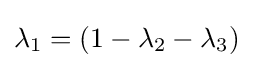
\lambda _{1}=(1-\lambda _{2}-\lambda _{3})